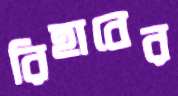
রিহাবের